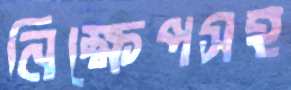
নিক্ষেপসহ